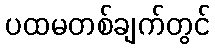
ပထမတစ်ချက်တွင်